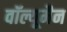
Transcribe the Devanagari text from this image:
वॉल्यूमैन